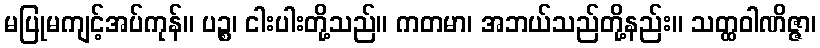
မပြုမကျင့်အပ်ကုန်။ ပဉ္စ၊ ငါးပါးတို့သည်။ ကတမာ၊ အဘယ်သည်တို့နည်း။ သတ္ထဝါဏိဇ္ဇာ၊